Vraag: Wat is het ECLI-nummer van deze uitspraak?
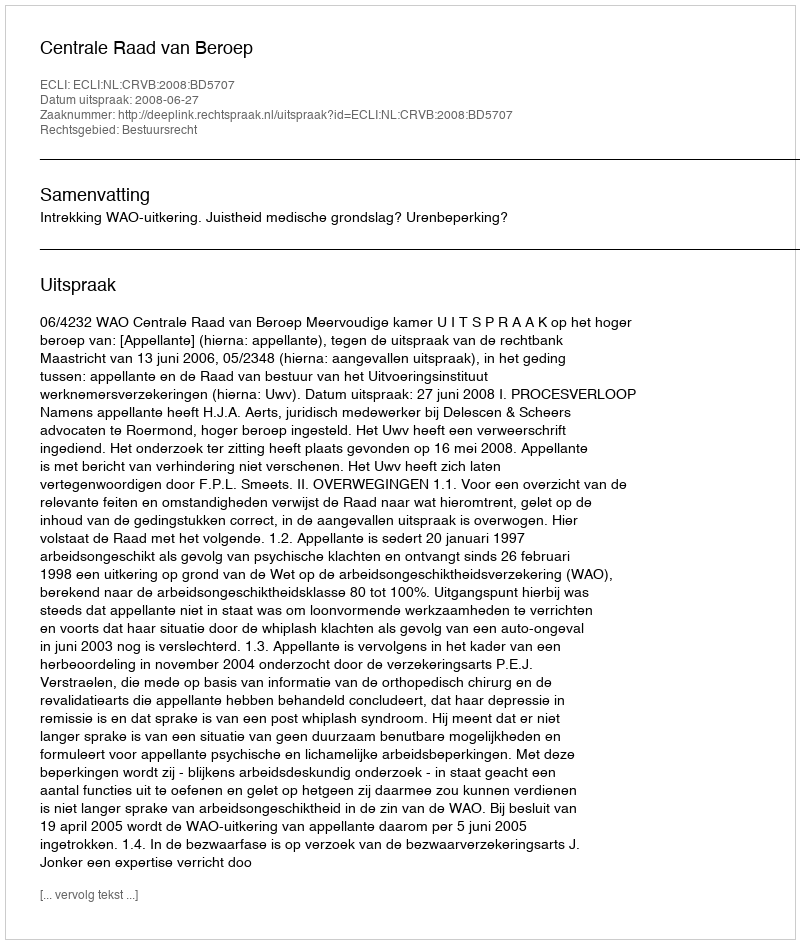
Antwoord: ECLI:NL:CRVB:2008:BD5707